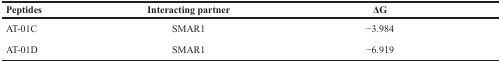
<table><thead><tr><td><b>Peptides</b></td><td><b>Interacting partner</b></td><td><b>ΔG</b></td></tr></thead><tbody><tr><td>AT-01C</td><td>SMAR1</td><td>−3.984</td></tr><tr><td>AT-01D</td><td>SMAR1</td><td>−6.919</td></tr></tbody></table>